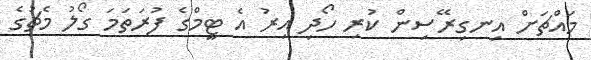
މައްޗަށް އިނގިރޭސިން ކުރި ހޯދި އިރު އެ ޓީމްގެ ފުރަތަމަ ގޯލު މެޗުގެ